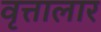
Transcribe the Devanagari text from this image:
वृत्तालार